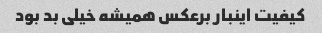
کیفیت اینبار برعکس همیشه خیلی بد بود